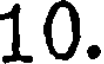
10.